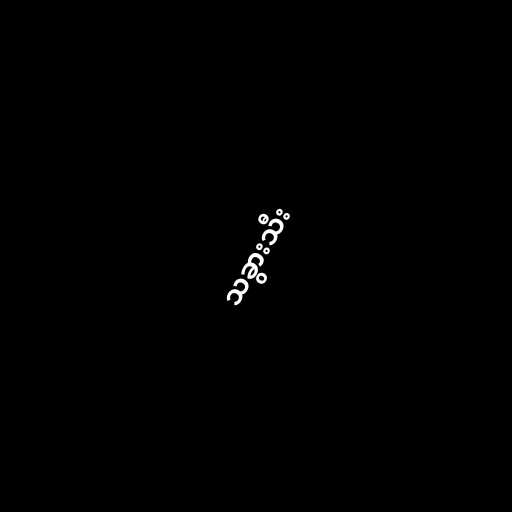
သခွားသီး